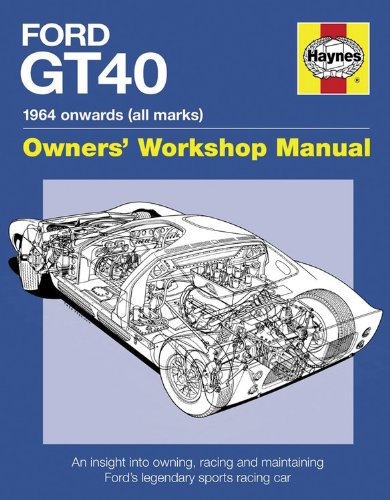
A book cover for Ford GT40 Manual: An Insight into Owning, Racing and Maintaining Ford's Legendary Sports Racing Car; Gordon Bruce; Engineering & Transportation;